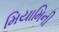
મિયામિની